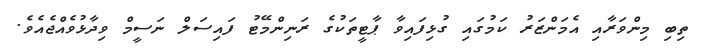
ތިބި މިންވަރާއި އެމަންޒަރު ކަމުގައި ގުޅިފައިވާ ޕާޓީތަކުގެ ރަނިންމޭޓު ފައިސަލް ނަސީމް ވިދާޅުވެއްޖެއެވެ.